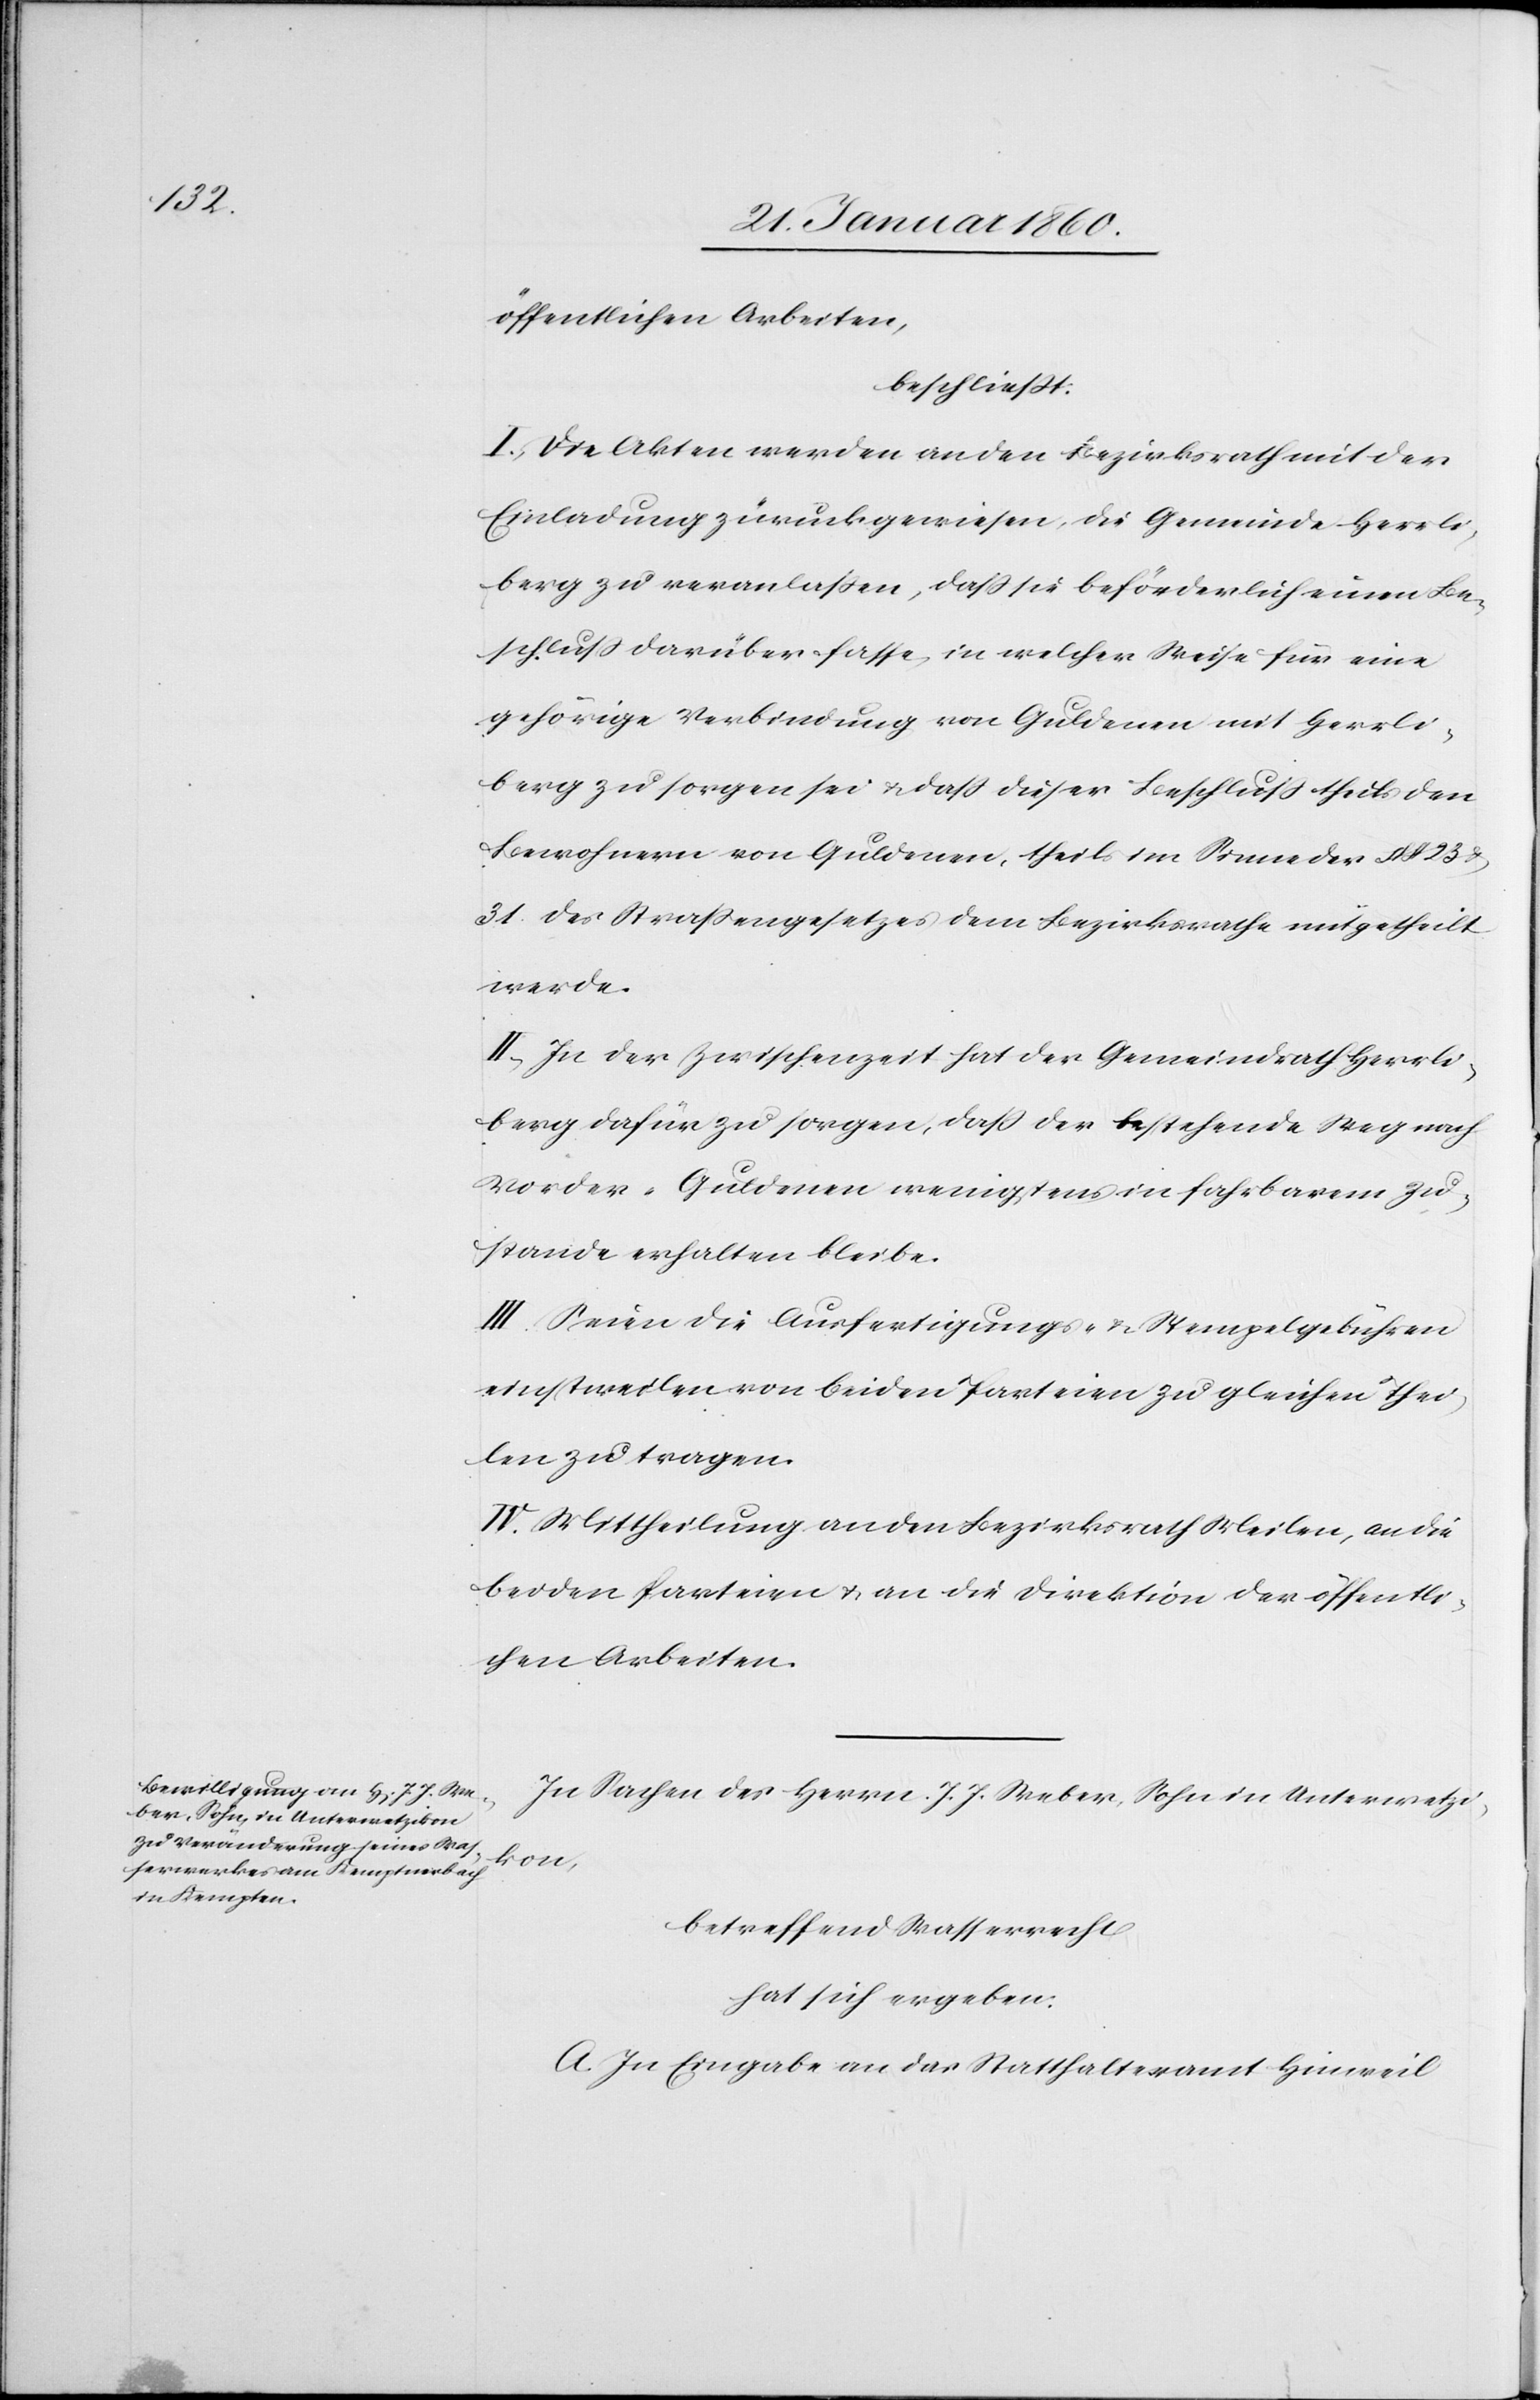
öffentlichen Arbeiten,
beschließt:
I. Die Akten werden an den Bezirksrath mit der
Einladung zurückgewiesen, die Gemeinde Herrli¬
berg zu veranlassen, dass sie beförderlich einen Be¬
schluß darüber fasse, in welcher Weise für eine
gehörige Verbindung von Guldenen mit Herrli¬
berg zu sorgen sei u. dass dieser Beschluss theils den
Bewohnern von Guldenen, theils im Sinne des §§. 23.
31. des Strassengesetzes dem Bezirksrathe mitgetheilt
werde.
II. In der Zwischenzeit hat der Gemeindrath Herrli¬
berg dafür zu sorgen, dass der bestehende Weg nach
Vorder-Guldenen wenigstens in fahrbarem Zu¬
stande erhalten bleibe.
III. Seien die Ausfertigungs- u. Stempelgebühren
einstweilen von beiden Parteien zu gleichen Thei¬
len zu tragen.
IV. Mittheilung an den Bezirksrath Meilen, an die
beiden Parteien u. an die Direktion der öffentli¬
chen Arbeiten.
In Sachen des Herrn J. J. Weber, Sohn in Unterwetzi¬
kon,
betreffend Wasserrecht
hat sich ergeben:
A. In Eingabe an das Statthalteramt Hinweil